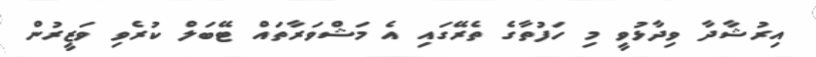
އިރުޝާދާ ވިދާޅުވީ މި ހަފުތާގެ ތެރޭގައި އެ މަޝްވަރާތައް ޓޭބަލް ކުރެވި ވަޒީރުން